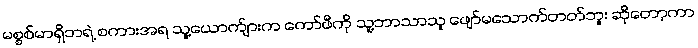
မစ္စစ်မာရှိဘရဲ့ စကားအရ သူ့ယောက်ျားက ကော်ဖီကို သူ့ဘာသာသူ ဖျော်မသောက်တတ်ဘူး ဆိုတော့ကာ